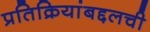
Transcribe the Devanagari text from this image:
प्रतिक्रियांबद्दलची